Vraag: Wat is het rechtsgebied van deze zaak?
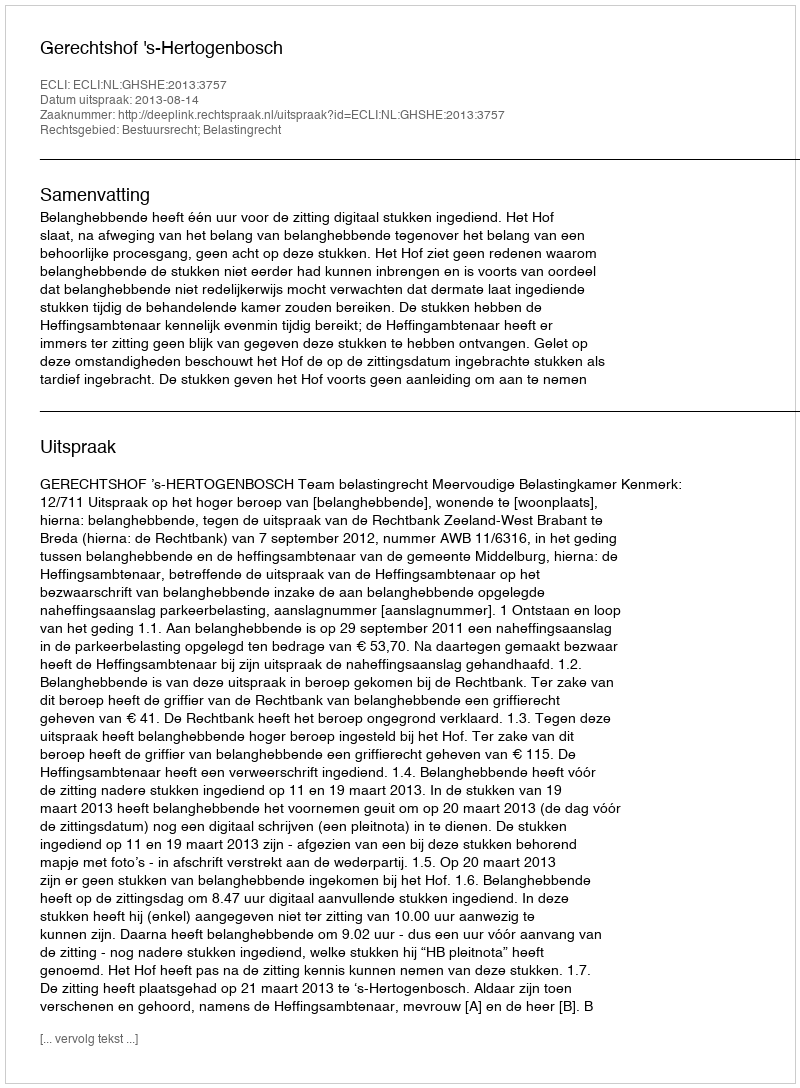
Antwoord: Bestuursrecht; Belastingrecht